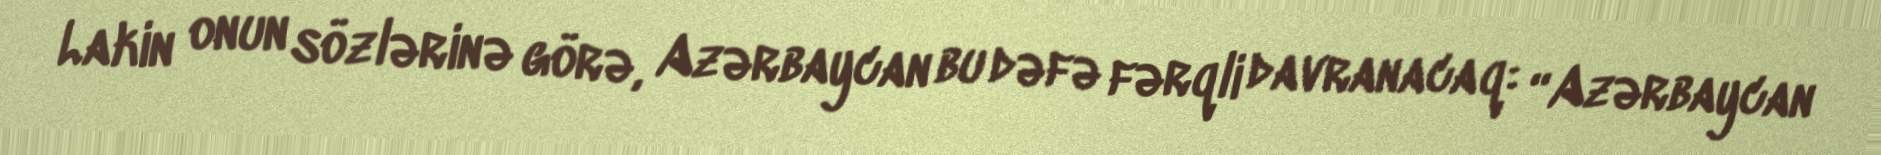
Lakin onun sözlərinə görə, Azərbaycan bu dəfə fərqli davranacaq: “Azərbaycan